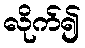
လိုက်၍